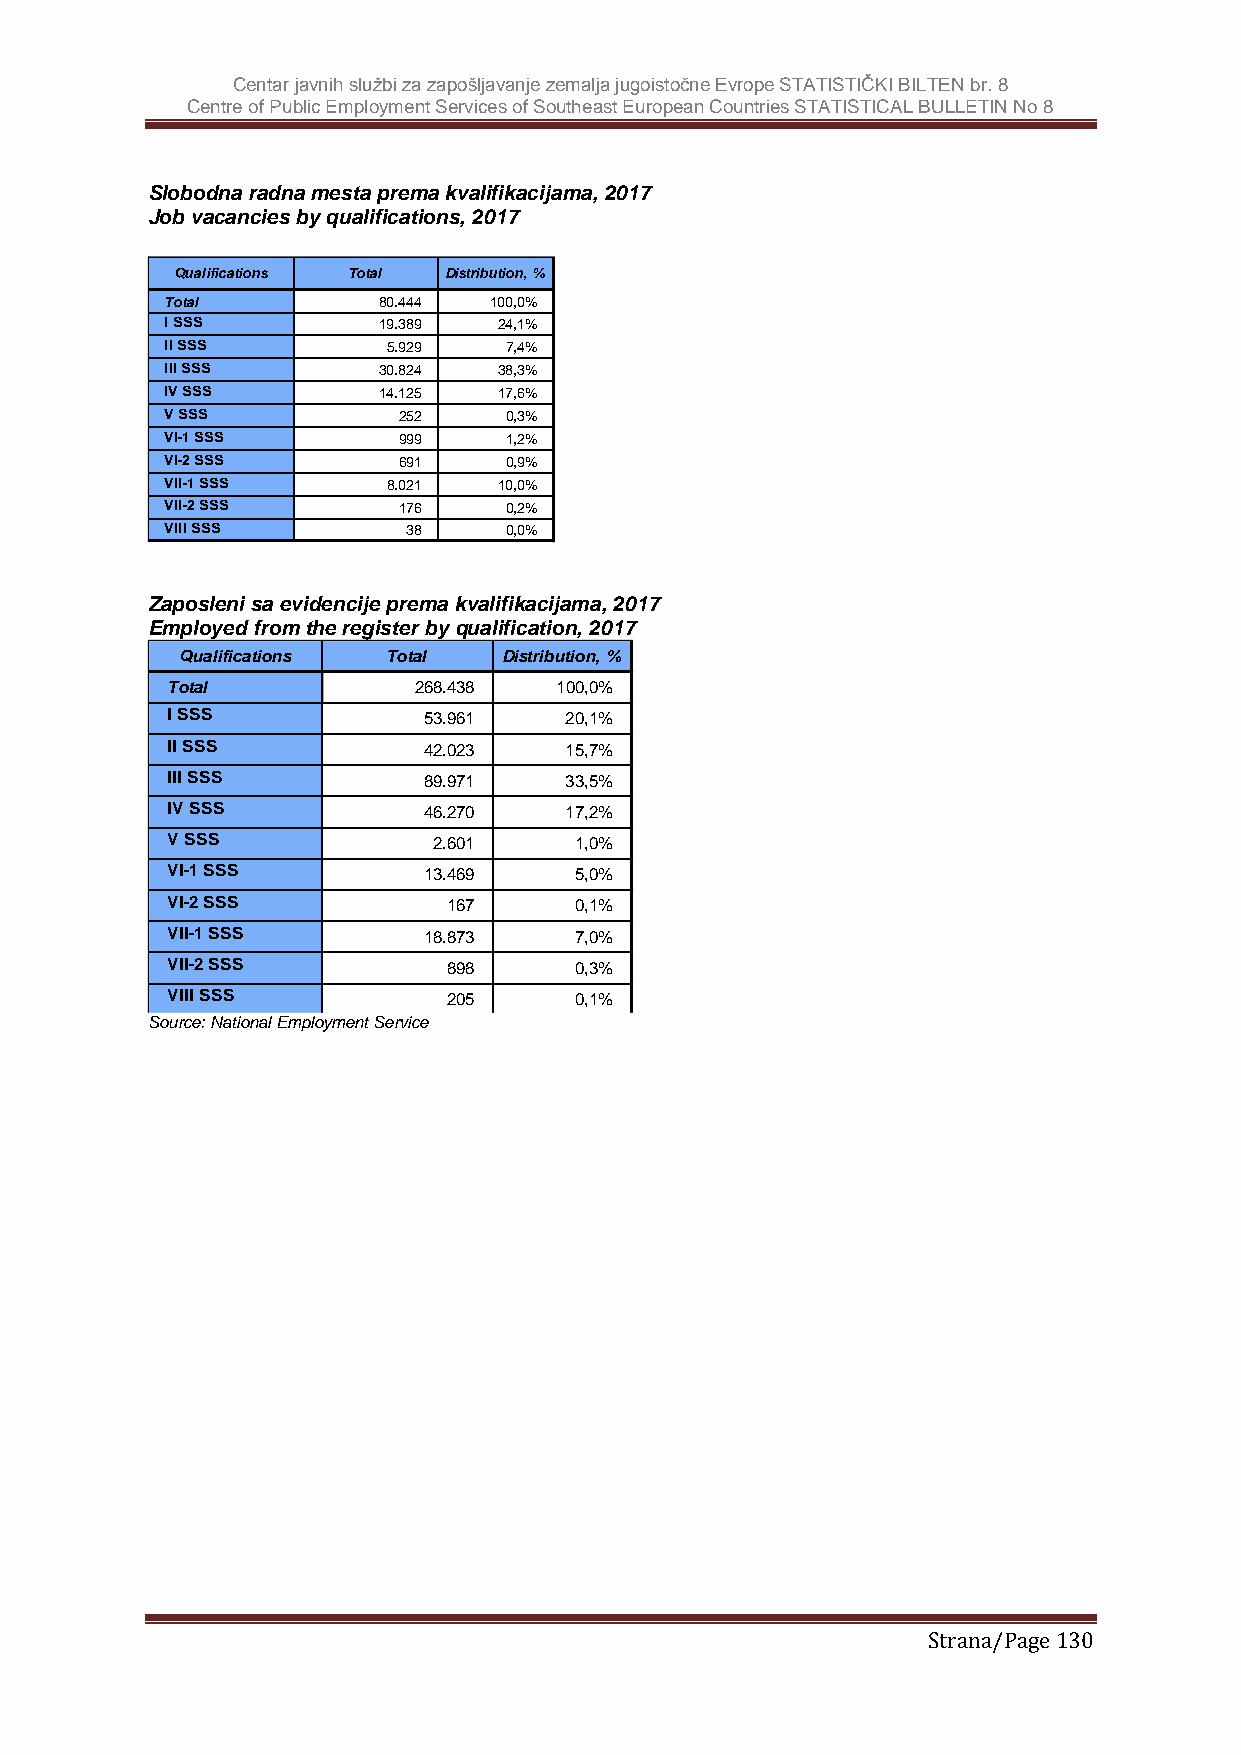
Centar javnih službi za zapošljavanje zemalja jugoistočne Evrope STATISTIČKI BILTEN br. 8
 Centre of Public Employment Services of Southeast European Countries STATISTICAL BULLETIN No 8
 Slobodna radna mesta prema kvalifikacijama, 2017
 Job vacancies by qualifications, 2017
 Qualifications Total Distribution, %
 Total         80.444 100,0%
 I SSS         19.389  24,1%
 II SSS         5.929  7,4%
 III SSS       30.824  38,3%
 IV SSS        14.125  17,6%
 V SSS          252    0,3%
 VI-1 SSS       999    1,2%
 VI-2 SSS       691    0,9%
 VII-1 SSS      8.021  10,0%
 VII-2 SSS      176    0,2%
 VIII SSS        38    0,0%
 Izvor / Source: Nacionalna služba za zapošljavanje
 Zaposleni sa evidencije prema kvalifikacijama, 2017
 Employed from the register by qualification, 2017
 Qualifications Total Distribution, %
 Total           268.438   100,0%
 I SSS            53.961   20,1%
 II SSS           42.023   15,7%
 III SSS          89.971   33,5%
 IV SSS           46.270   17,2%
 V SSS             2.601    1,0%
 VI-1 SSS         13.469    5,0%
 VI-2 SSS           167     0,1%
 VII-1 SSS        18.873    7,0%
 VII-2 SSS          898     0,3%
 VIII SSS           205     0,1%
 SIzovuorrc /e :S Nouarticoen:a Nl Eamcipolnoaylmnae nstl uSžebrav izcea zapošljavanje
 Strana/Page 130